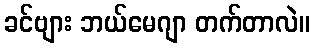
ခင်ဗျား ဘယ်မေဂျာ တက်တာလဲ။